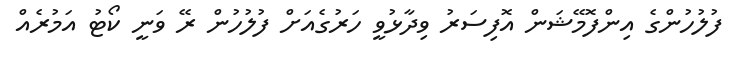
ފުލުހުންގެ އިންފޮމޭޝަން އޮފިސަރު ވިދާޅުވީ ހަރުގެއަށް ފުލުހުން ރޭ ވަނީ ކޯޓު އަމުރެއް